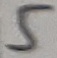
Text: 5